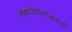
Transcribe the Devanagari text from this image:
लोकप्रतिनिधीसंबंधी